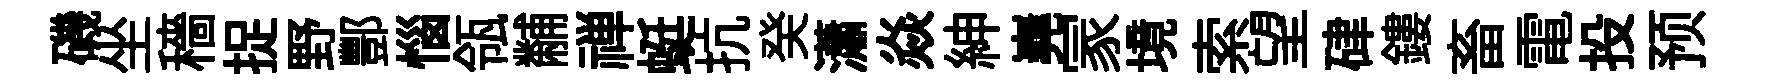
磯坐穡捉野酆惱瓴黼禅蜓抗癸瀟焱紳嶤冡境索望硉鏤畜電投预